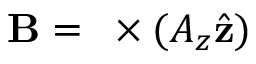
\mathbf { B } = \mathbf { \nabla } \times ( A _ { z } \hat { \mathbf { z } } )